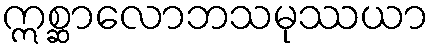
ဣစ္ဆာလောဘသမုဿယာ